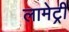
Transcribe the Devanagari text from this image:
लामेट्री